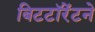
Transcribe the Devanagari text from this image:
बिटटॉरेंटने